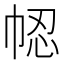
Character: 𢂻